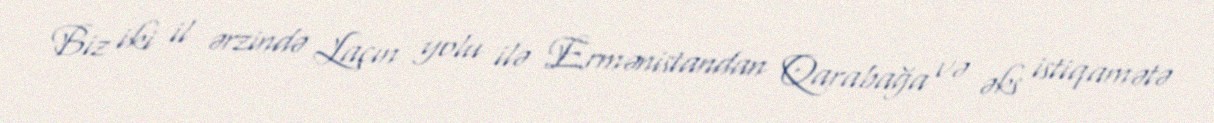
Biz iki il ərzində Laçın yolu ilə Ermənistandan Qarabağa və əks istiqamətə